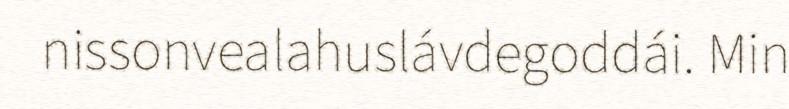
nissonvealahuslávdegoddái. Min